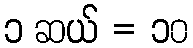
၁ ဆယ် = ၁၀